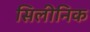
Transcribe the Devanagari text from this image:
सिलीनिक